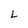
Character: L